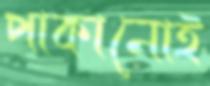
পাকানোই